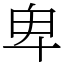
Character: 卑